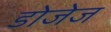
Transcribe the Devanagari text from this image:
डोजेज